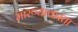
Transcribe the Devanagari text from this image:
मारण्याकरता